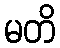
မတိ